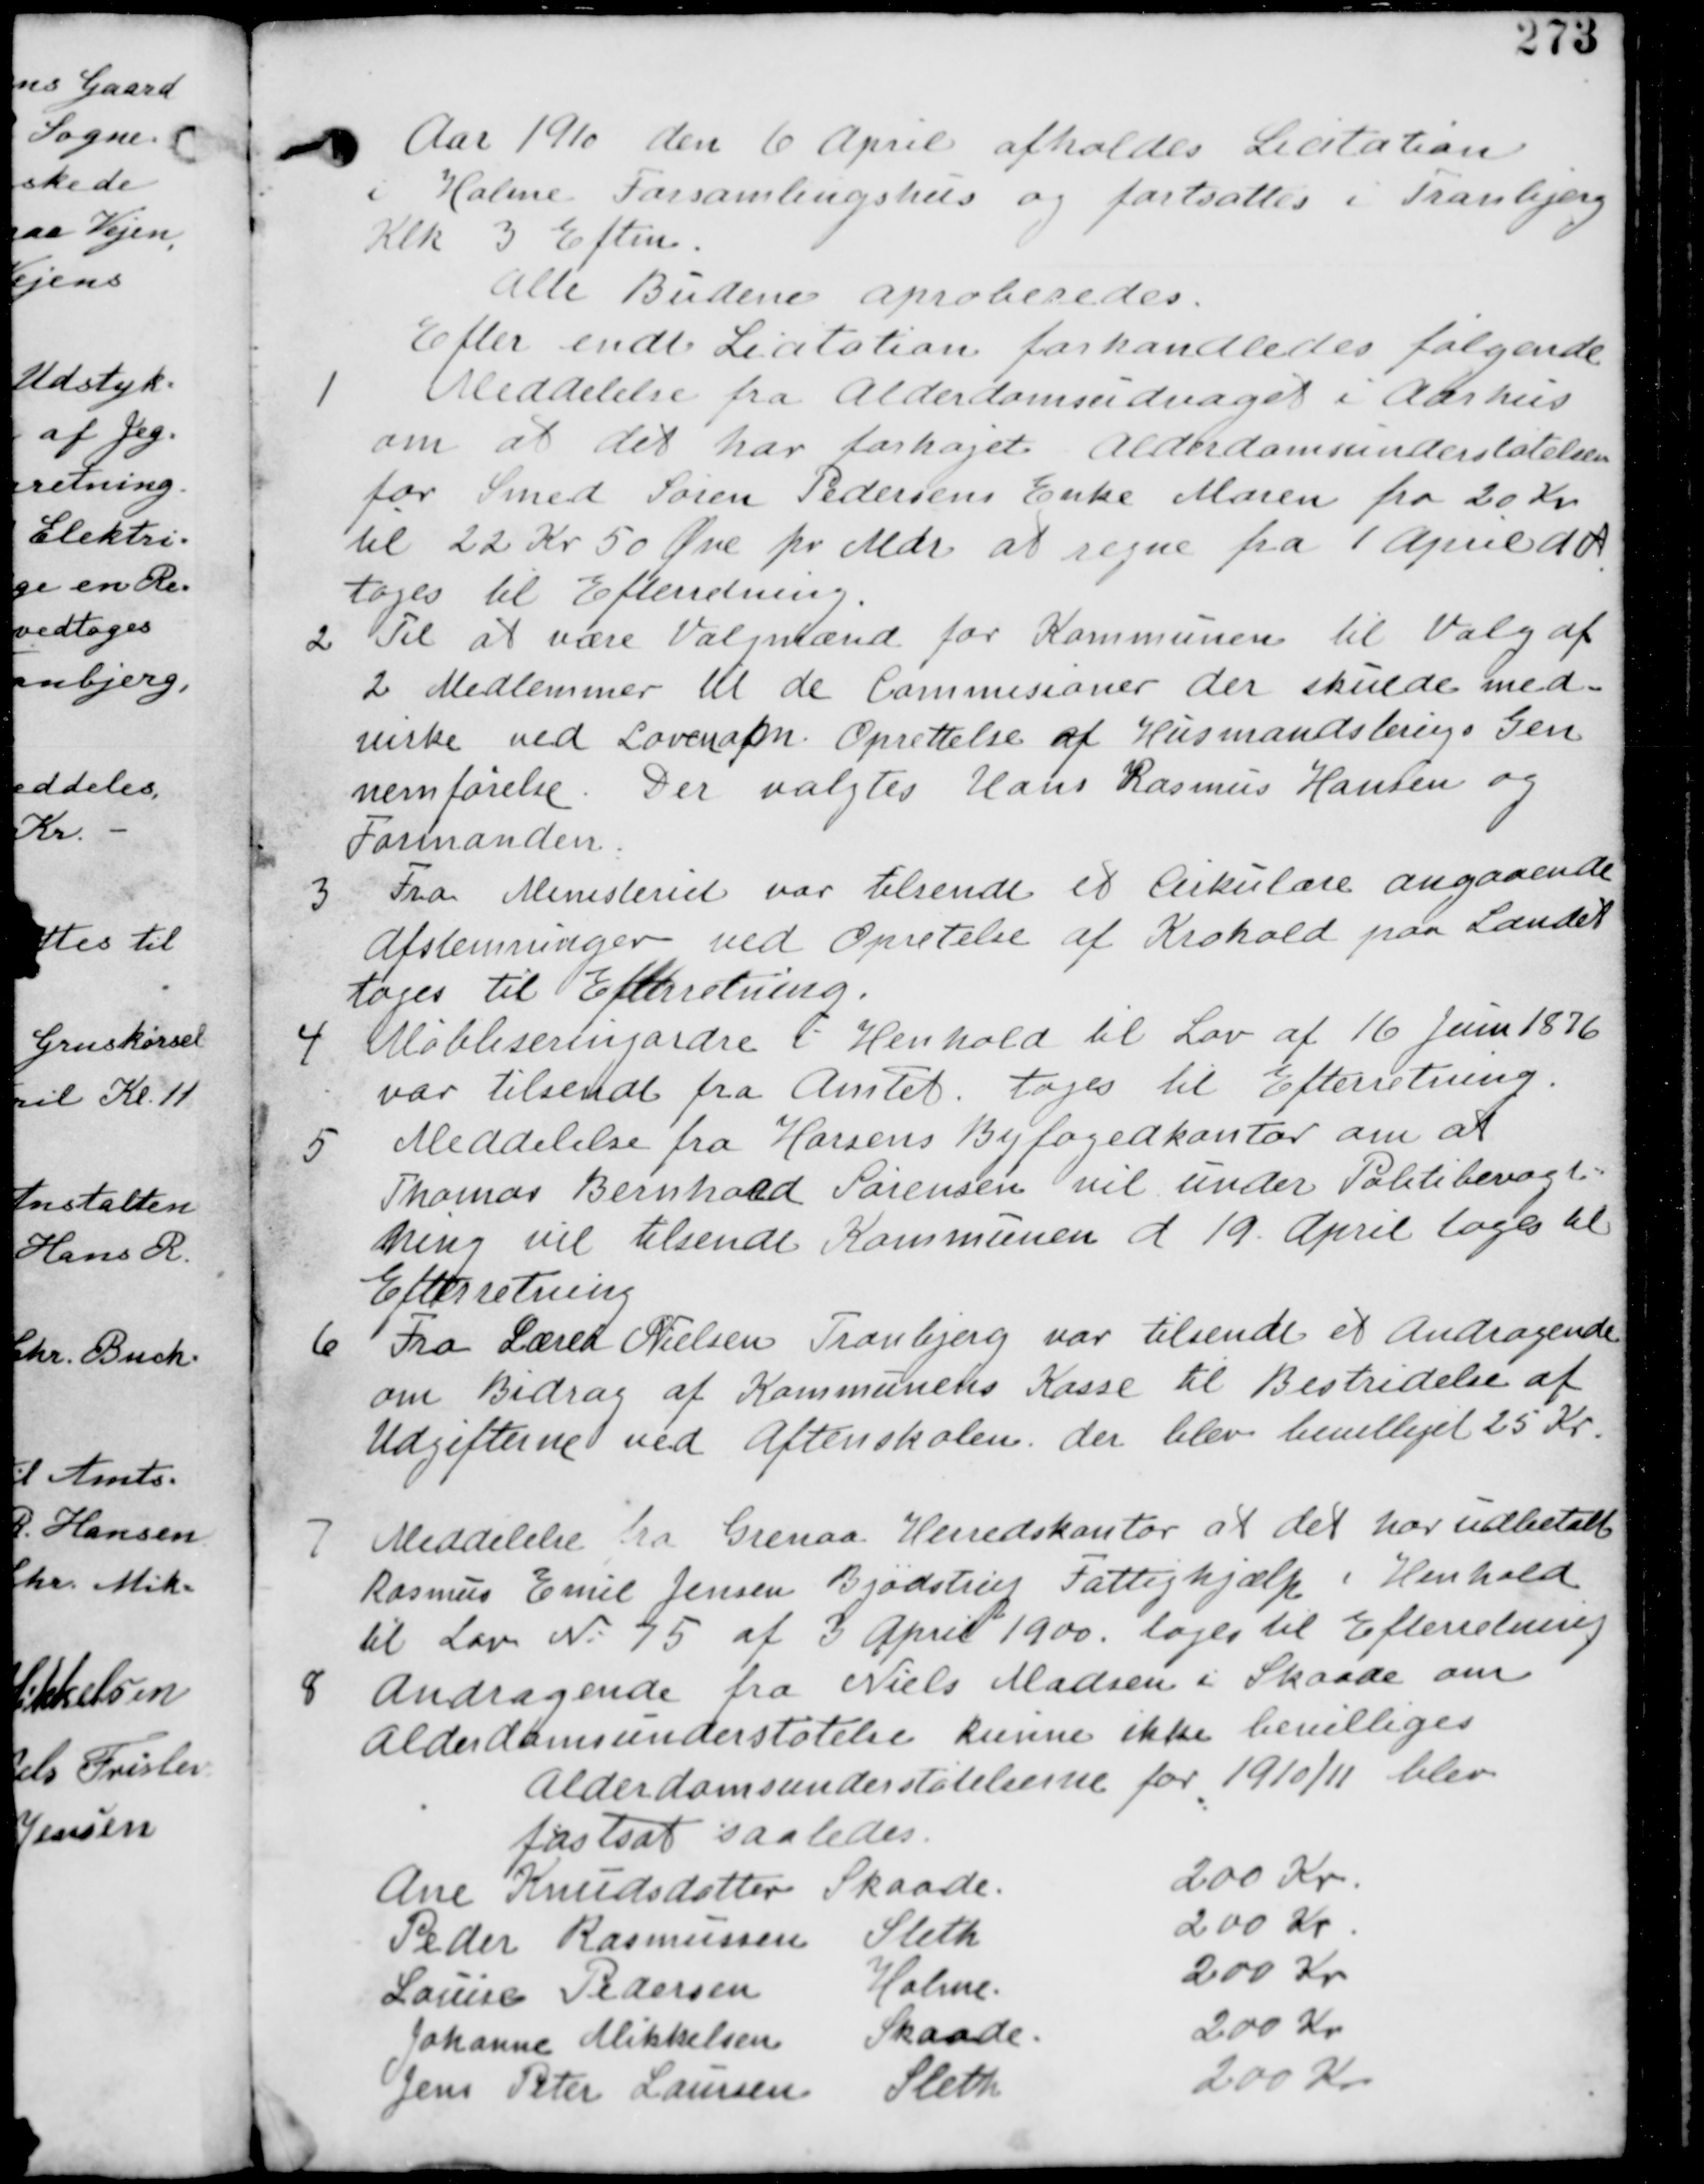
Transskription:
Aar 1910 den 6 April afholdes Licitation
i Holme Forsamlingshus og fortsættes i Tranbjerg
Klk 3 Efterm.
Alle Budene aproberedes.
Efter endt Licitation forhandledes følgende.

1
Meddelelse fra Alderdomsudvalget i Aarhus
om at det har forhøjet Alderdomsunderstøtelsen
for Smed Søren Pedersens Enke Maren fra 20 Kr
til 22 Kr 50 Øre pr Mdr at regne fra 1 April d A
tages til Efterretning.

2 Til at være Valgmænd for Kommunen til Valg af
2 Medlemmer til de Commisioner der skulde med-
virke ved Loven af Oprettelse af Husmandsbrugs Gen
nemførelse. Der valgtes Hans Rasmus Hansen og
Formanden.

3 Fra Ministeriet var tilsendt et Cirkulære angaaende
Afstemninger ved Oprettelse af Krohold paa Landet
tages til Efterretning.

4
Mobleseringsordre i Henhold til Lov af 16 Juni 1876
var tilsendt fra Amtet. tages til Efterretning

5 Meddelelse fra Horsens Byfogedkontor om at
Thomas Bernhold Sørensen vil under Politibevogt-
ning vil tilsende Kommunen d 19 April tages til
Efterretning

6 Fra Lærer Nielsen Tranbjerg var tilsendt et Andragende
om Bidrag af Kommunens Kasse til Bestridelse af
Udgifterne ved Aftenskolen. der blev bevilliget 25 Kr.

7 Meddelelse fra Granaa Herredskontor at det har udbetalt
Rasmus Emil Jensen Bjødstrup Fattighjælp i Henhold
til Lov Nr. 75 af 3 April 1900. tages til Efterretning

8 Andragende fra Niels Madsen i Skaade om
Alderdomsunderstøttelse kunne ikke bevilliges
Alderdomsunderstøttelserne for 1910/11 blev
fastsat saaledes.
Ane Knudsdatter Skaade 200 Kr
Peder Rasmussen Sleth 200 Kr
Laurire Pedersen Holme 200 Kr
Johanne Mikkelsen Skaade 200 Kr
Jens Peter Laursen Sleth 200 Kr